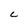
Character: c